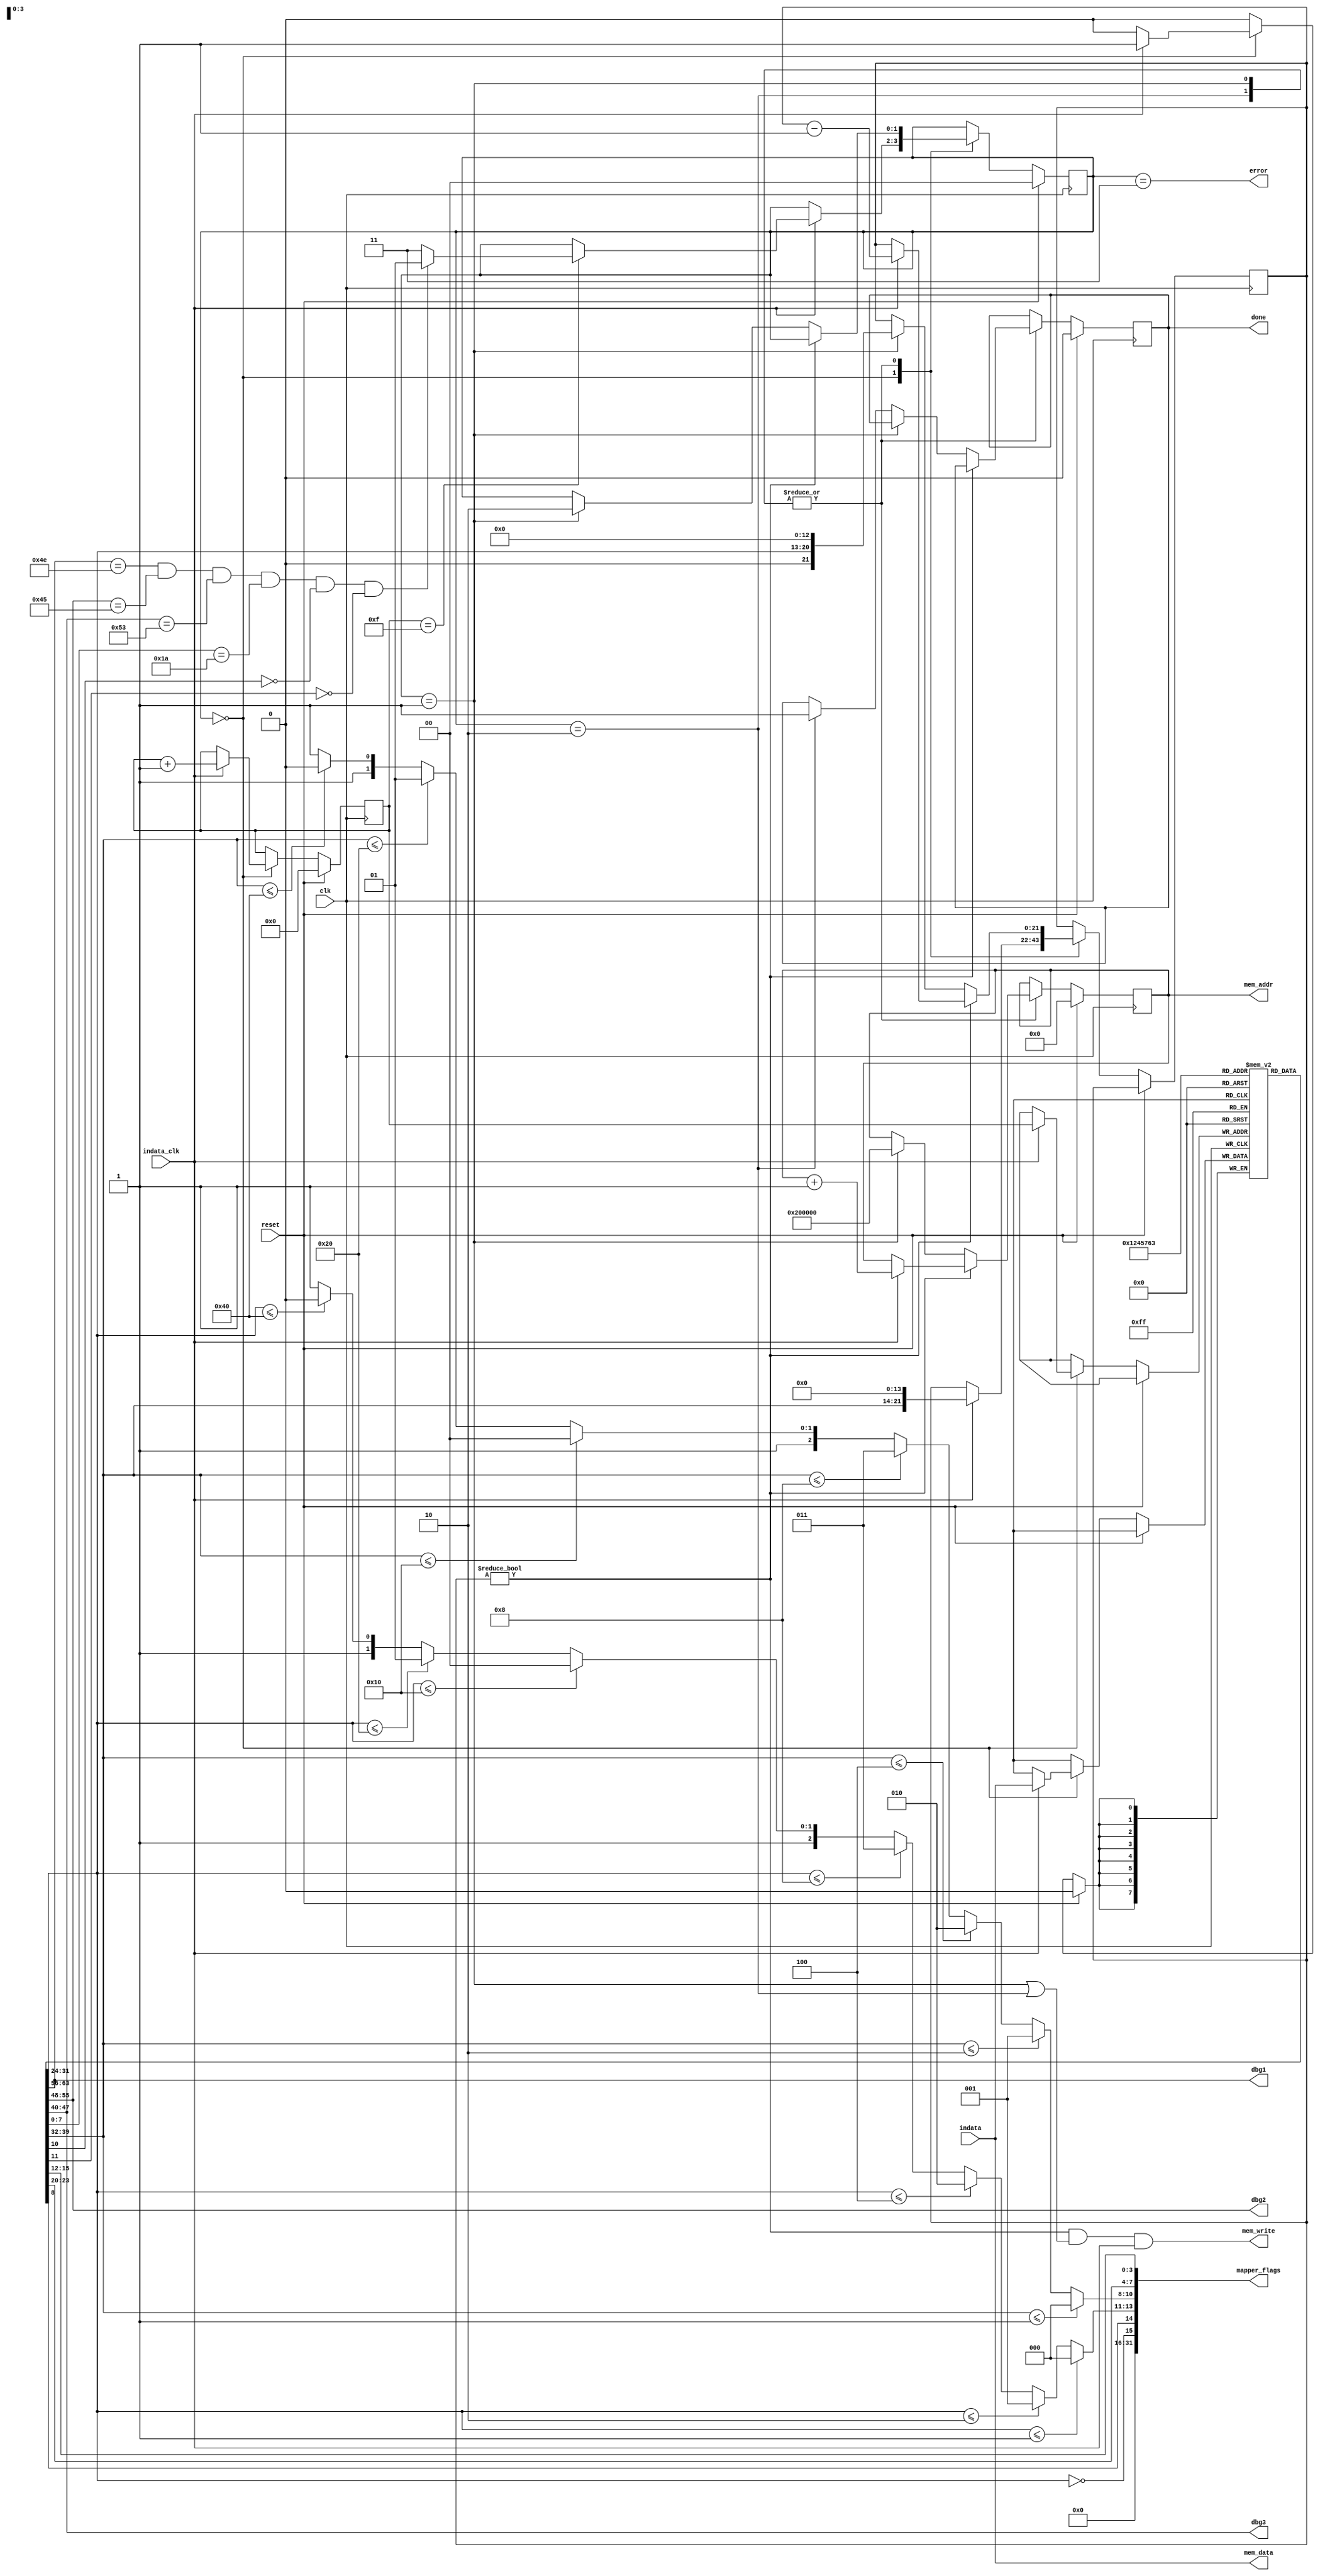
module GameLoader(input clk, input reset,
                  input [7:0] indata, input indata_clk,
                  output reg [21:0] mem_addr, output [7:0] mem_data, output mem_write,
                  output [31:0] mapper_flags,
                  output reg done,
                  output error,
						
						output [7:0]dbg1,output [7:0]dbg2,output [7:0]dbg3
						
						);

					
										
assign dbg1 = ines[0];
assign dbg2 = ines[1];
assign dbg3 = ines[2];
						
  reg [1:0] state = 0;
  reg [7:0] prgsize;
  reg [3:0] ctr;
  reg [7:0] ines[0:15]; // 16 bytes of iNES header
  reg [21:0] bytes_left;
  
  assign error = (state == 3);
  wire [7:0] prgrom = ines[4]; // tamanho da PRG rom (byte * 16384)
  wire [7:0] chrrom = ines[5]; // tamanho da CHR rom (byte * 8192)
  assign mem_data = indata;
  assign mem_write = (bytes_left != 0) && (state == 1 || state == 2) && indata_clk;
  
  wire [2:0] prg_size = prgrom <= 1  ? 0 :
                        prgrom <= 2  ? 1 : 
                        prgrom <= 4  ? 2 : 
                        prgrom <= 8  ? 3 : 
                        prgrom <= 16 ? 4 : 
                        prgrom <= 32 ? 5 : 
                        prgrom <= 64 ? 6 : 7;
                        
  wire [2:0] chr_size = chrrom <= 1  ? 0 : 
                        chrrom <= 2  ? 1 : 
                        chrrom <= 4  ? 2 : 
                        chrrom <= 8  ? 3 : 
                        chrrom <= 16 ? 4 : 
                        chrrom <= 32 ? 5 : 
                        chrrom <= 64 ? 6 : 7;
  
  wire [7:0] mapper = {ines[7][7:4], ines[6][7:4]};
  wire has_chr_ram = (chrrom == 0);
  assign mapper_flags = {16'b0, has_chr_ram, ines[6][0], chr_size, prg_size, mapper};
  
  always @(posedge clk) begin
    if (reset) begin
      state <= 0;
      done <= 0;
      ctr <= 0;
      mem_addr <= 0;  // Address for PRG
    end else begin
      case(state)
      // Read 16 bytes of ines header
      0: if (indata_clk) begin
		
           ctr <= ctr + 1;
           ines[ctr] <= indata;
           bytes_left <= {prgrom, 14'b0};
			  
           if (ctr == 4'b1111) begin
						state <= (ines[0] == 8'h4E) && (ines[1] == 8'h45) && (ines[2] == 8'h53) && (ines[3] == 8'h1A) && !ines[6][2] && !ines[6][3] ? 1 : 3;
				end 
				
         end
      1, 2: begin // Read the next |bytes_left| bytes into |mem_addr|
          if (bytes_left != 0) begin
            if (indata_clk) begin
              bytes_left <= bytes_left - 1;
              mem_addr <= mem_addr + 1;
            end
          end else if (state == 1) begin
            state <= 2;
            mem_addr <= 22'b10_0000_0000_0000_0000_0000; // Address for CHR
            bytes_left <= {1'b0, chrrom, 13'b0};
          end else if (state == 2) begin
            done <= 1;
          end
        end
      endcase
    end
  end
endmodule